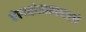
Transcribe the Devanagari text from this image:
तेलक्षेत्रासारखे